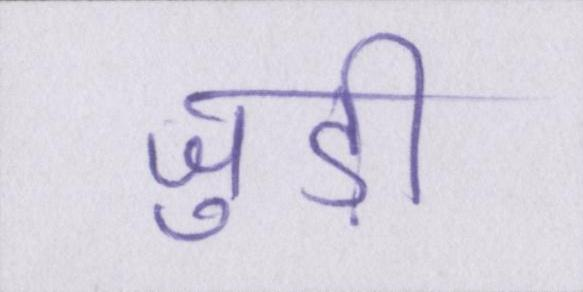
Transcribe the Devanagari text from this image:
जुड़ी